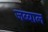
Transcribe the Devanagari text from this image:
जब्बाल